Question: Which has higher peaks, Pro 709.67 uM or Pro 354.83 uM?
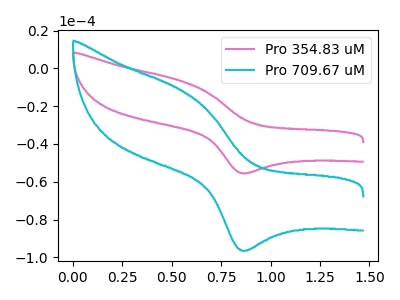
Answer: <think>The pink curve "Pro 354.83 uM" has an anodic peak at (0.55V, -6.50uA) and a cathodic peak at (0.85V, -55.55uA). The cyan curve "Pro 709.67 uM" has an anodic peak at (0.55V, -11.30uA) and a cathodic peak at (0.85V, -96.55uA).</think>
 <answer>The peaks in "Pro 709.67 uM" are neither all higher or all lower than the peaks in "Pro 354.83 uM".</answer>
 <eval>mixed</eval>